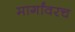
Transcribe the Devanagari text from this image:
मार्गांवरच